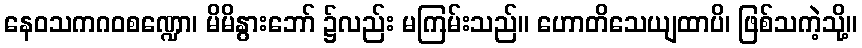
နေဝသကဂဝစဏ္ဍော၊ မိမိနွားဘော် ၌လည်း မကြမ်းသည်။ ဟောတိသေယျထာပိ၊ ဖြစ်သကဲ့သို့။